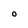
Character: O